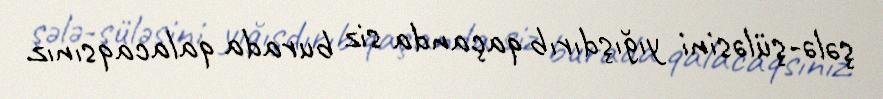
şələ-şüləsini yığışdırıb qaçanda siz burada qalacaqsınız.